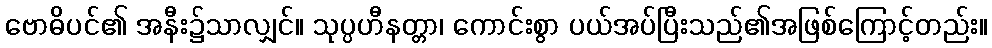
ဗောဓိပင်၏ အနီး၌သာလျှင်။ သုပ္ပဟီနတ္တာ၊ ကောင်းစွာ ပယ်အပ်ပြီးသည်၏အဖြစ်ကြောင့်တည်း။